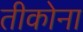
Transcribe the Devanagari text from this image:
तीकोना